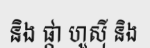
និង ផ្កា ហួស៊ី និង